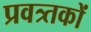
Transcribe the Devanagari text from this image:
प्रवत्र्तकों